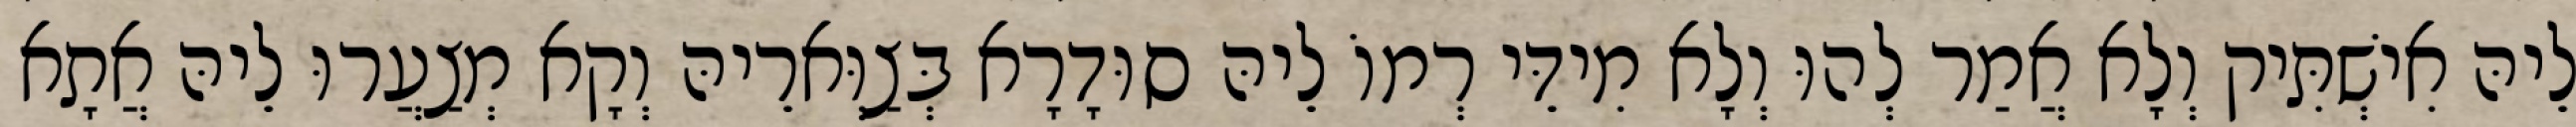
לֵיהּ אִישְׁתִּיק וְלָא אֲמַר לְהוּ וְלָא מִידֵּי רְמוֹ לֵיהּ סוּדָרָא בְּצַוְּארֵיהּ וְקָא מְצַעֲרוּ לֵיהּ אֲתָא